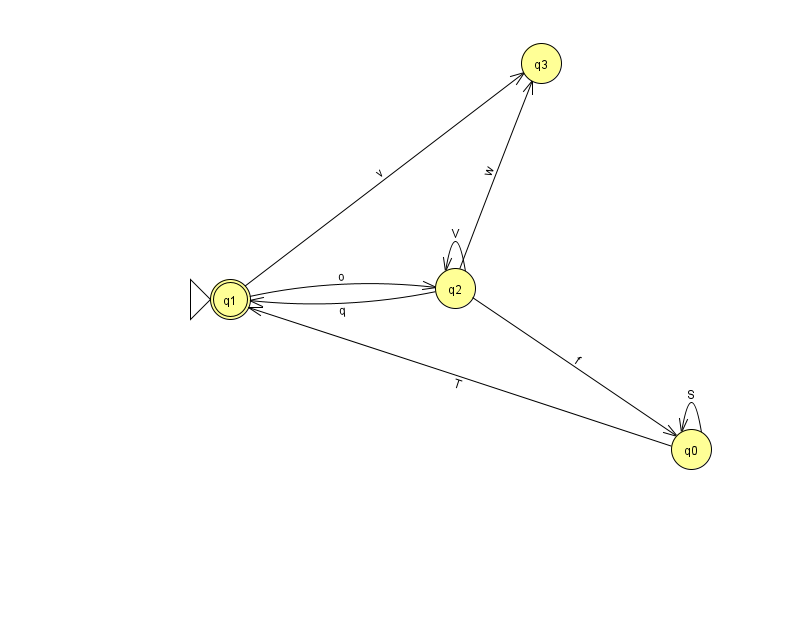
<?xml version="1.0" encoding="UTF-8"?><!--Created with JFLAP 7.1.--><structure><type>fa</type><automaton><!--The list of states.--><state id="0" name="q0"><x>691.0</x><y>436.0</y></state><state id="1" name="q1"><x>230.0</x><y>286.0</y><initial/><final/></state><state id="2" name="q2"><x>455.0</x><y>275.0</y></state><state id="3" name="q3"><x>541.0</x><y>50.0</y></state><!--The list of transitions.--><transition><from>2</from><to>1</to><read>q</read></transition><transition><from>0</from><to>0</to><read>S</read></transition><transition><from>2</from><to>3</to><read>w</read></transition><transition><from>1</from><to>3</to><read>v</read></transition><transition><from>2</from><to>2</to><read>V</read></transition><transition><from>0</from><to>1</to><read>T</read></transition><transition><from>2</from><to>0</to><read>f</read></transition><transition><from>1</from><to>2</to><read>o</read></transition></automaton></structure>